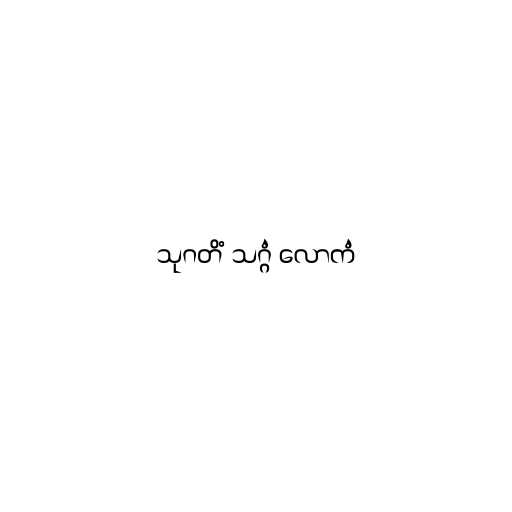
သုဂတိံ သဂ္ဂံ လောကံ